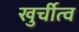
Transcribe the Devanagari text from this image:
खुर्चीत्व